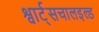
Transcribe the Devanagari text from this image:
श्वार्ट्सचालइल्ड